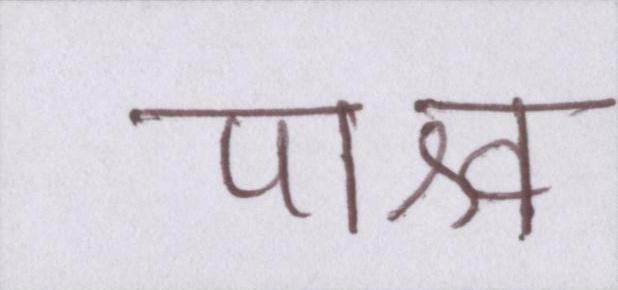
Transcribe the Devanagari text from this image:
पाश्र्व